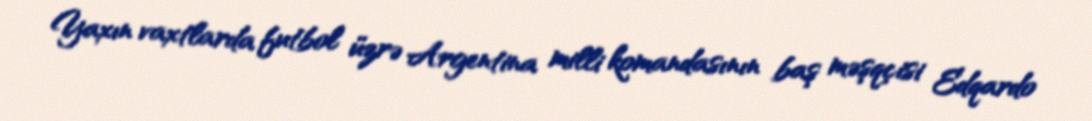
Yaxın vaxtlarda futbol üzrə Argentina milli komandasının baş məşqçisi Edqardo